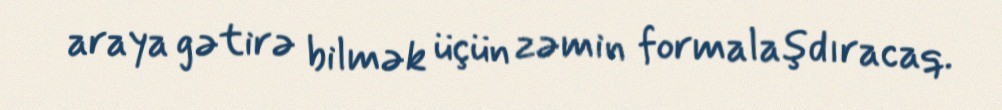
araya gətirə bilmək üçün zəmin formalaşdıracaq.